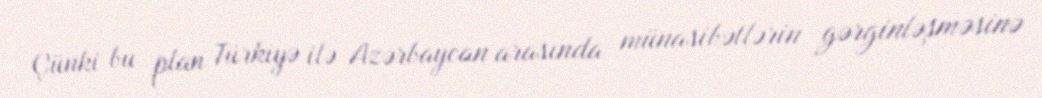
Çünki bu plan Türkiyə ilə Azərbaycan arasında münasibətlərin gərginləşməsinə